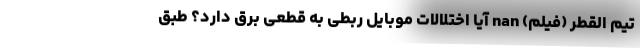
تیم القطر (فیلم) nan آیا اختلالات موبایل ربطی به قطعی برق دارد؟ طبق